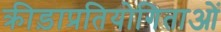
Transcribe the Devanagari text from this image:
क्रीड़ाप्रतियोगिताओं